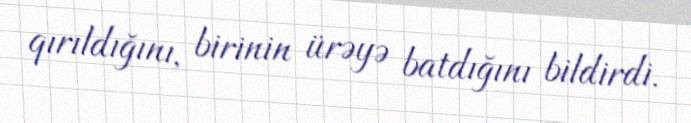
qırıldığını, birinin ürəyə batdığını bildirdi.